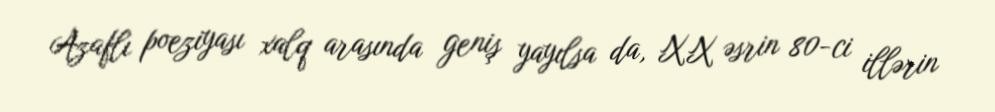
Azaflı poeziyası xalq arasında geniş yayılsa da, XX əsrin 80-ci illərin